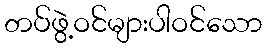
တပ်ဖွဲ့ဝင်များပါဝင်သော